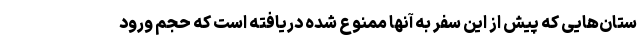
ستان‌هایی که پیش از این سفر به آنها ممنوع شده دریافته است که حجم ورود